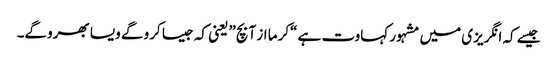
جیسے کہ انگریزی میں مشہور کہاوت ہے “کرما از آ بچ” یعنی کہ جیسا کرو گے ویسا بھروگے۔